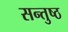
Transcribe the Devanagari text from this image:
सन्तुष्ठ